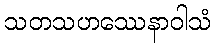
သတသဟဿေနာဝါသံ